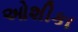
ઓશીકા